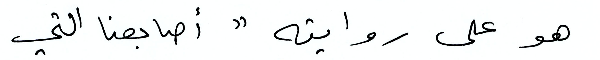
هو على روايته "أصابعنا التي